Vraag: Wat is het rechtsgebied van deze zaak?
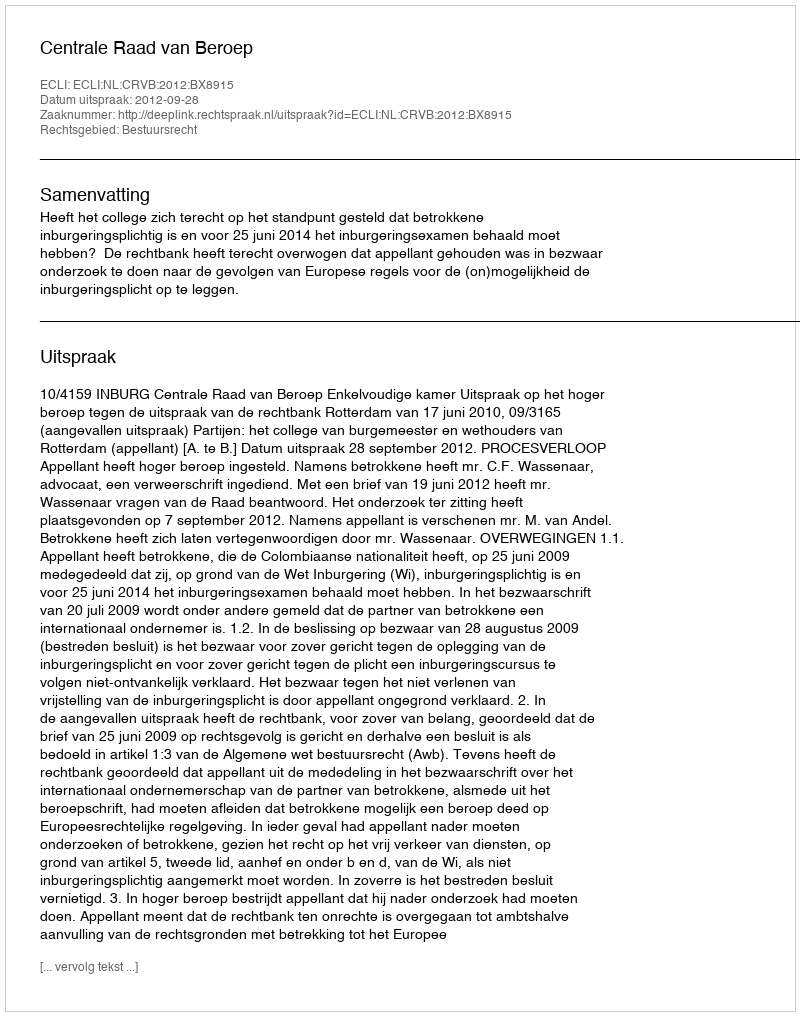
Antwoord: Bestuursrecht